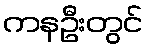
ကနဦးတွင်